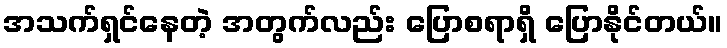
အသက်ရှင်နေတဲ့ အတွက်လည်း ပြောစရာရှိ ပြောနိုင်တယ်။